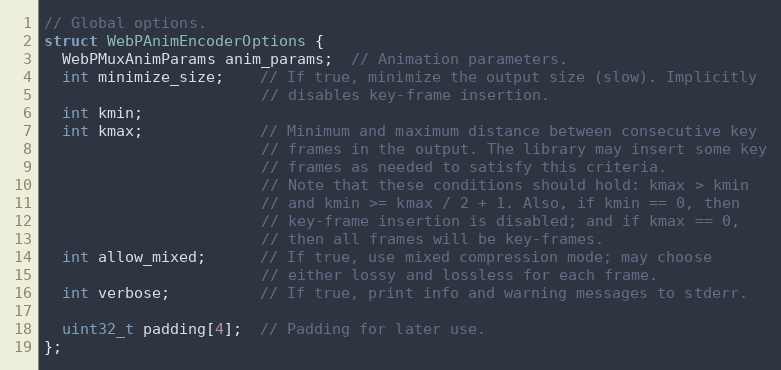
Language: C
// Global options.
struct WebPAnimEncoderOptions {
  WebPMuxAnimParams anim_params;  // Animation parameters.
  int minimize_size;    // If true, minimize the output size (slow). Implicitly
                        // disables key-frame insertion.
  int kmin;
  int kmax;             // Minimum and maximum distance between consecutive key
                        // frames in the output. The library may insert some key
                        // frames as needed to satisfy this criteria.
                        // Note that these conditions should hold: kmax > kmin
                        // and kmin >= kmax / 2 + 1. Also, if kmin == 0, then
                        // key-frame insertion is disabled; and if kmax == 0,
                        // then all frames will be key-frames.
  int allow_mixed;      // If true, use mixed compression mode; may choose
                        // either lossy and lossless for each frame.
  int verbose;          // If true, print info and warning messages to stderr.

  uint32_t padding[4];  // Padding for later use.
};